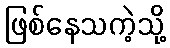
ဖြစ်နေသကဲ့သို့